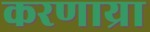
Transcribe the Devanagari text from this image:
करणाय्रा